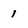
Character: 1